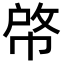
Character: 𢃘